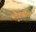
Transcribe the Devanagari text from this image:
ब्लैकबॉडी